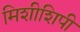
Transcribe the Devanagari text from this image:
मिशीशिपी